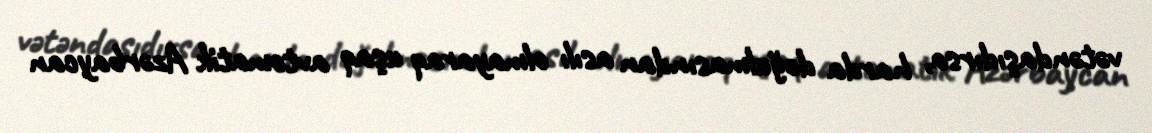
vətəndaşıdırsa, harda doğulmasından asılı olmayaraq uşaq avtomatik Azərbaycan